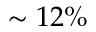
\sim 1 2 \%